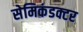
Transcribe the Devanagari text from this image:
सेमिकंडक्टर